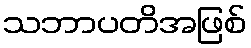
သဘာပတိအဖြစ်